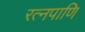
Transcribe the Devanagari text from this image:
रत्नपाणि